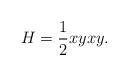
LaTeX: \begin{align*} H = \frac{1}{2} xyxy.\end{align*}